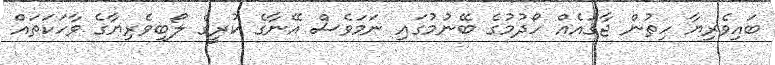
ބައިވެރިޔާ ހިތުން ޖާގައެއް ހޯދުމުގެ ބޭނުމުގައި ނަމަވެސް އޭނާގެ ކުރީގެ ލޯބިވެރިޔާގެ ވާހަކަތައް